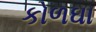
કોળઘા